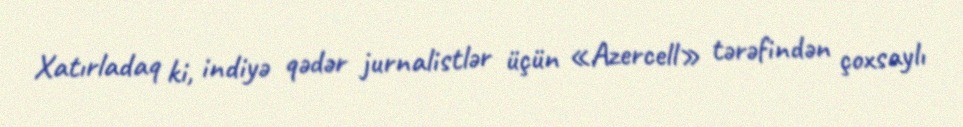
Xatırladaq ki, indiyə qədər jurnalistlər üçün «Azercell» tərəfindən çoxsaylı